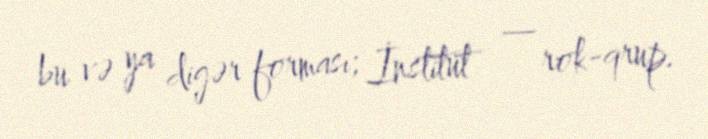
bu və ya digər forması; İnstitut — rok-qrup.